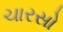
ચારસો